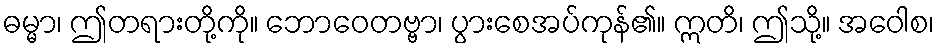
ဓမ္မာ၊ ဤတရားတို့ကို။ ဘောဝေတဗ္ဗာ၊ ပွားစေအပ်ကုန်၏။ ဣတိ၊ ဤသို့။ အဝေါစ၊